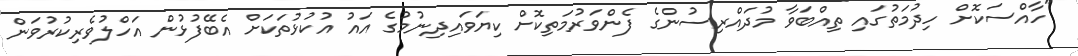
"ހާއްސަކޮށް ހިދުމަތުގައި ތިއްބަވާ މުދައްރިސުންގެ ފެންވަރުމަތިކޮށް ކިޔަވައިދިނުމުގެ އައު އުކުޅުތަކަށް އެބޭފުޅުން އަހްލުވެރިކުރުވަން